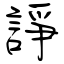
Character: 諍